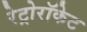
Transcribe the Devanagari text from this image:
रेट्रोरॉकेट